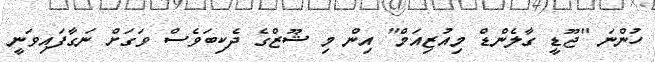
ހުންނަ "ޖޫޑީ ގާލެންޑް މިއުޒިއަމް" އިން މި ޝޫޒްގެ ދެކިބަވެސް ވަގަށް ނަގާފައިވަނީ